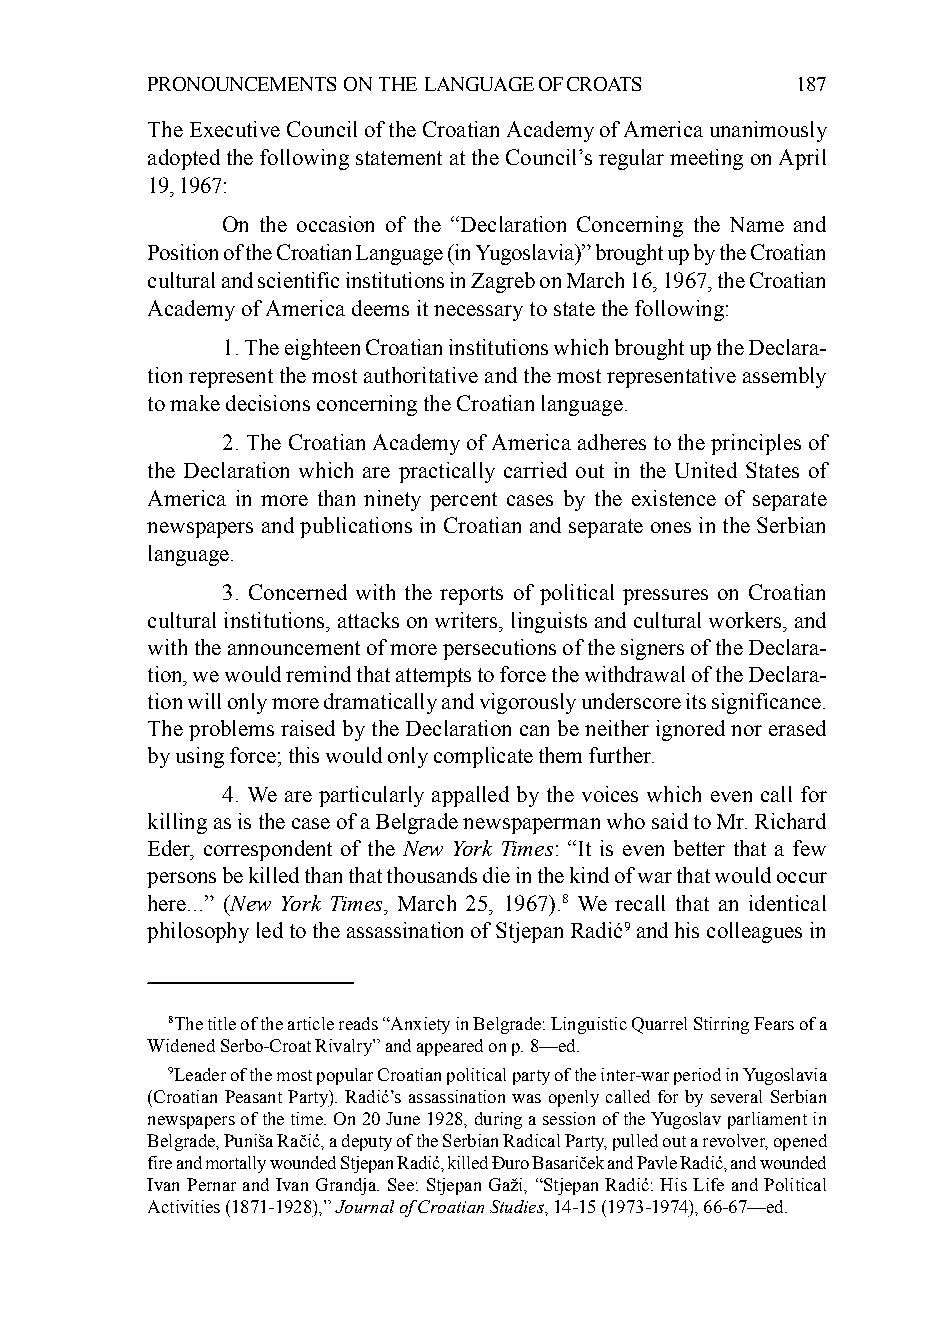
PRONOUNCEMENTS ON THE LANGUAGE OF CROATS   187
 The Executive Council of the Croatian Academy of America unanimously
 adopted the following statement at the Council’s regular meeting on April
 19, 1967:
 On the occasion of the “Declaration Concerning the Name and
 Position of the Croatian Language (in Yugoslavia)” brought up by the Croatian
 cultural and scientific institutions in Zagreb on March 16, 1967, the Croatian
 Academy of America deems it necessary to state the following:
 1. The eighteen Croatian institutions which brought up the Declara-
 tion represent the most authoritative and the most representative assembly
 to make decisions concerning the Croatian language.
 2. The Croatian Academy of America adheres to the principles of
 the Declaration which are practically carried out in the United States of
 America in more than ninety percent cases by the existence of separate
 newspapers and publications in Croatian and separate ones in the Serbian
 language.
 3. Concerned with the reports of political pressures on Croatian
 cultural institutions, attacks on writers, linguists and cultural workers, and
 with the announcement of more persecutions of the signers of the Declara-
 tion, we would remind that attempts to force the withdrawal of the Declara-
 tion will only more dramatically and vigorously underscore its significance.
 The problems raised by the Declaration can be neither ignored nor erased
 by using force; this would only complicate them further.
 4. We are particularly appalled by the voices which even call for
 killing as is the case of a Belgrade newspaperman who said to Mr. Richard
 Eder, correspondent of the New York Times: “It is even better that a few
 persons be killed than that thousands die in the kind of war that would occur
 here...” (New York Times, March 25, 1967).8 We recall that an identical
 philosophy led to the assassination of Stjepan Radić9 and his colleagues in
 8The title of the article reads “Anxiety in Belgrade: Linguistic Quarrel Stirring Fears of a
 Widened Serbo-Croat Rivalry” and appeared on p. 8—ed.
 9Leader of the most popular Croatian political party of the inter-war period in Yugoslavia
 (Croatian Peasant Party). Radić’s assassination was openly called for by several Serbian
 newspapers of the time. On 20 June 1928, during a session of the Yugoslav parliament in
 Belgrade, Puniša Račić, a deputy of the Serbian Radical Party, pulled out a revolver, opened
 fire and mortally wounded Stjepan Radić, killed Đuro Basariček and Pavle Radić, and wounded
 Ivan Pernar and Ivan Grandja. See: Stjepan Gaži, “Stjepan Radić: His Life and Political
 Activities (1871-1928),” Journal of Croatian Studies, 14-15 (1973-1974), 66-67—ed.